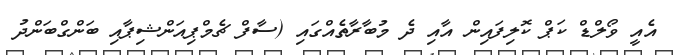
އެއީ ވޯލްޑް ކަޕް ކޮލިފައިން އާއި ދެ މުބާރާތެއްގައި (ސާފް ޗެމްޕިއަންޝިޕާއި ބަންގްބަންދު